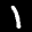
Label: 1